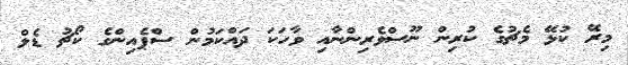
މިރޭ ކުޅޭ މެޗުގެ ކުރިން ނޫސްވެރިންނާއި ވާހަކަ ދައްކަމުން ސްޕެއިންގެ ކޯޗު ޑެލް